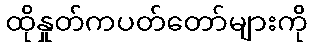
ထိုနှုတ်ကပတ်တော်များကို